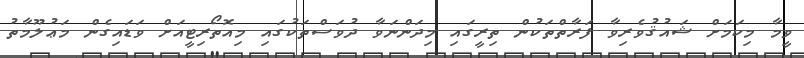
ވީމާ މިކަމަށް ޝައުޤުވެރިވާ ފަރާތްތަކުން ތިރީގައި މިދަންނަވާ ދުވަސްތަކުގައި މިއޮތޯރިޓީއަށް ވަޑައިގެން މަޢުލޫމާތު